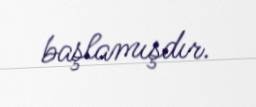
başlamışdır.